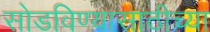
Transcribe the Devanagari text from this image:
सोडविण्यासाठीच्या